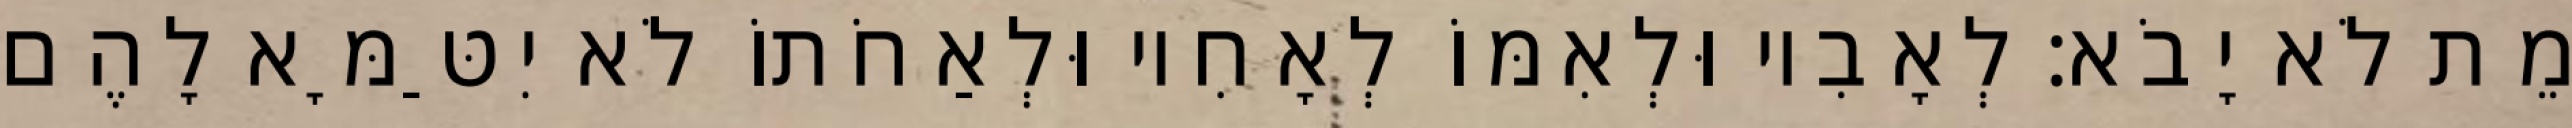
מֵת לֹא יָבֹא׃ לְאָבִיו וּלְאִמּוֹ לְאָחִיו וּלְאַחֹתוֹ לֹא יִטַּמָּא לָהֶם